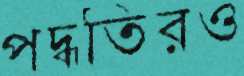
পদ্ধতিরও